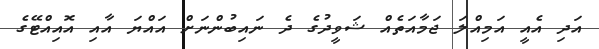
އަދި އެއީ އަމިއްލަ ޖަމާއަތެއް ޝަވީދުގެ ދެ ނައިބުންނަށް އައްޔަ އާއި އޮއިއްޓޭގެ